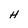
Character: H